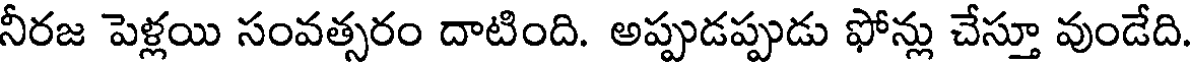
నీరజ పెళ్లయి సంవత్సరం దాటింది. అప్పుడప్పుడు ఫోన్లు చేస్తూ వుండేది